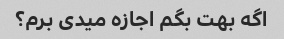
اگه بهت بگم اجازه میدی برم؟